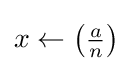
x\gets \left({\tfrac {a}{n}}\right)